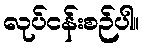
လုပ်ငန်းစဉ်ပါ။